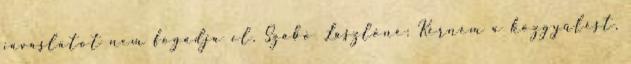
javaslatot nem fogadja el. Szabó Lászlóné: Kérném a közgyűlést,